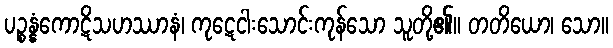
ပဉ္စန္နံကောဋိသဟဿာနံ၊ ကုဋေငါးသောင်းကုန်သော သူတို့၏။ တတိယော၊ သော။